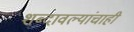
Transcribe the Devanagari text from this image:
शब्दावल्यांचाही